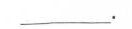
___.